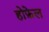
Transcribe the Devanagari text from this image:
होफ़ेल